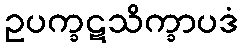
ဥပက္ခဋသိက္ခာပဒံ